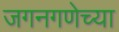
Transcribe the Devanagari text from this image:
जगनगणेच्या